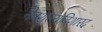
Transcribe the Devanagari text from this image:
नेत्रशल्यविशारद